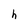
Character: h